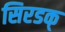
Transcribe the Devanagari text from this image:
सिरडक्